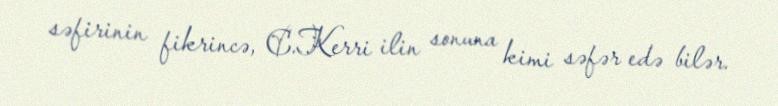
səfirinin fikrincə, C.Kerri ilin sonuna kimi səfər edə bilər.